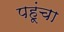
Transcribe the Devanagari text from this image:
पहूंचा